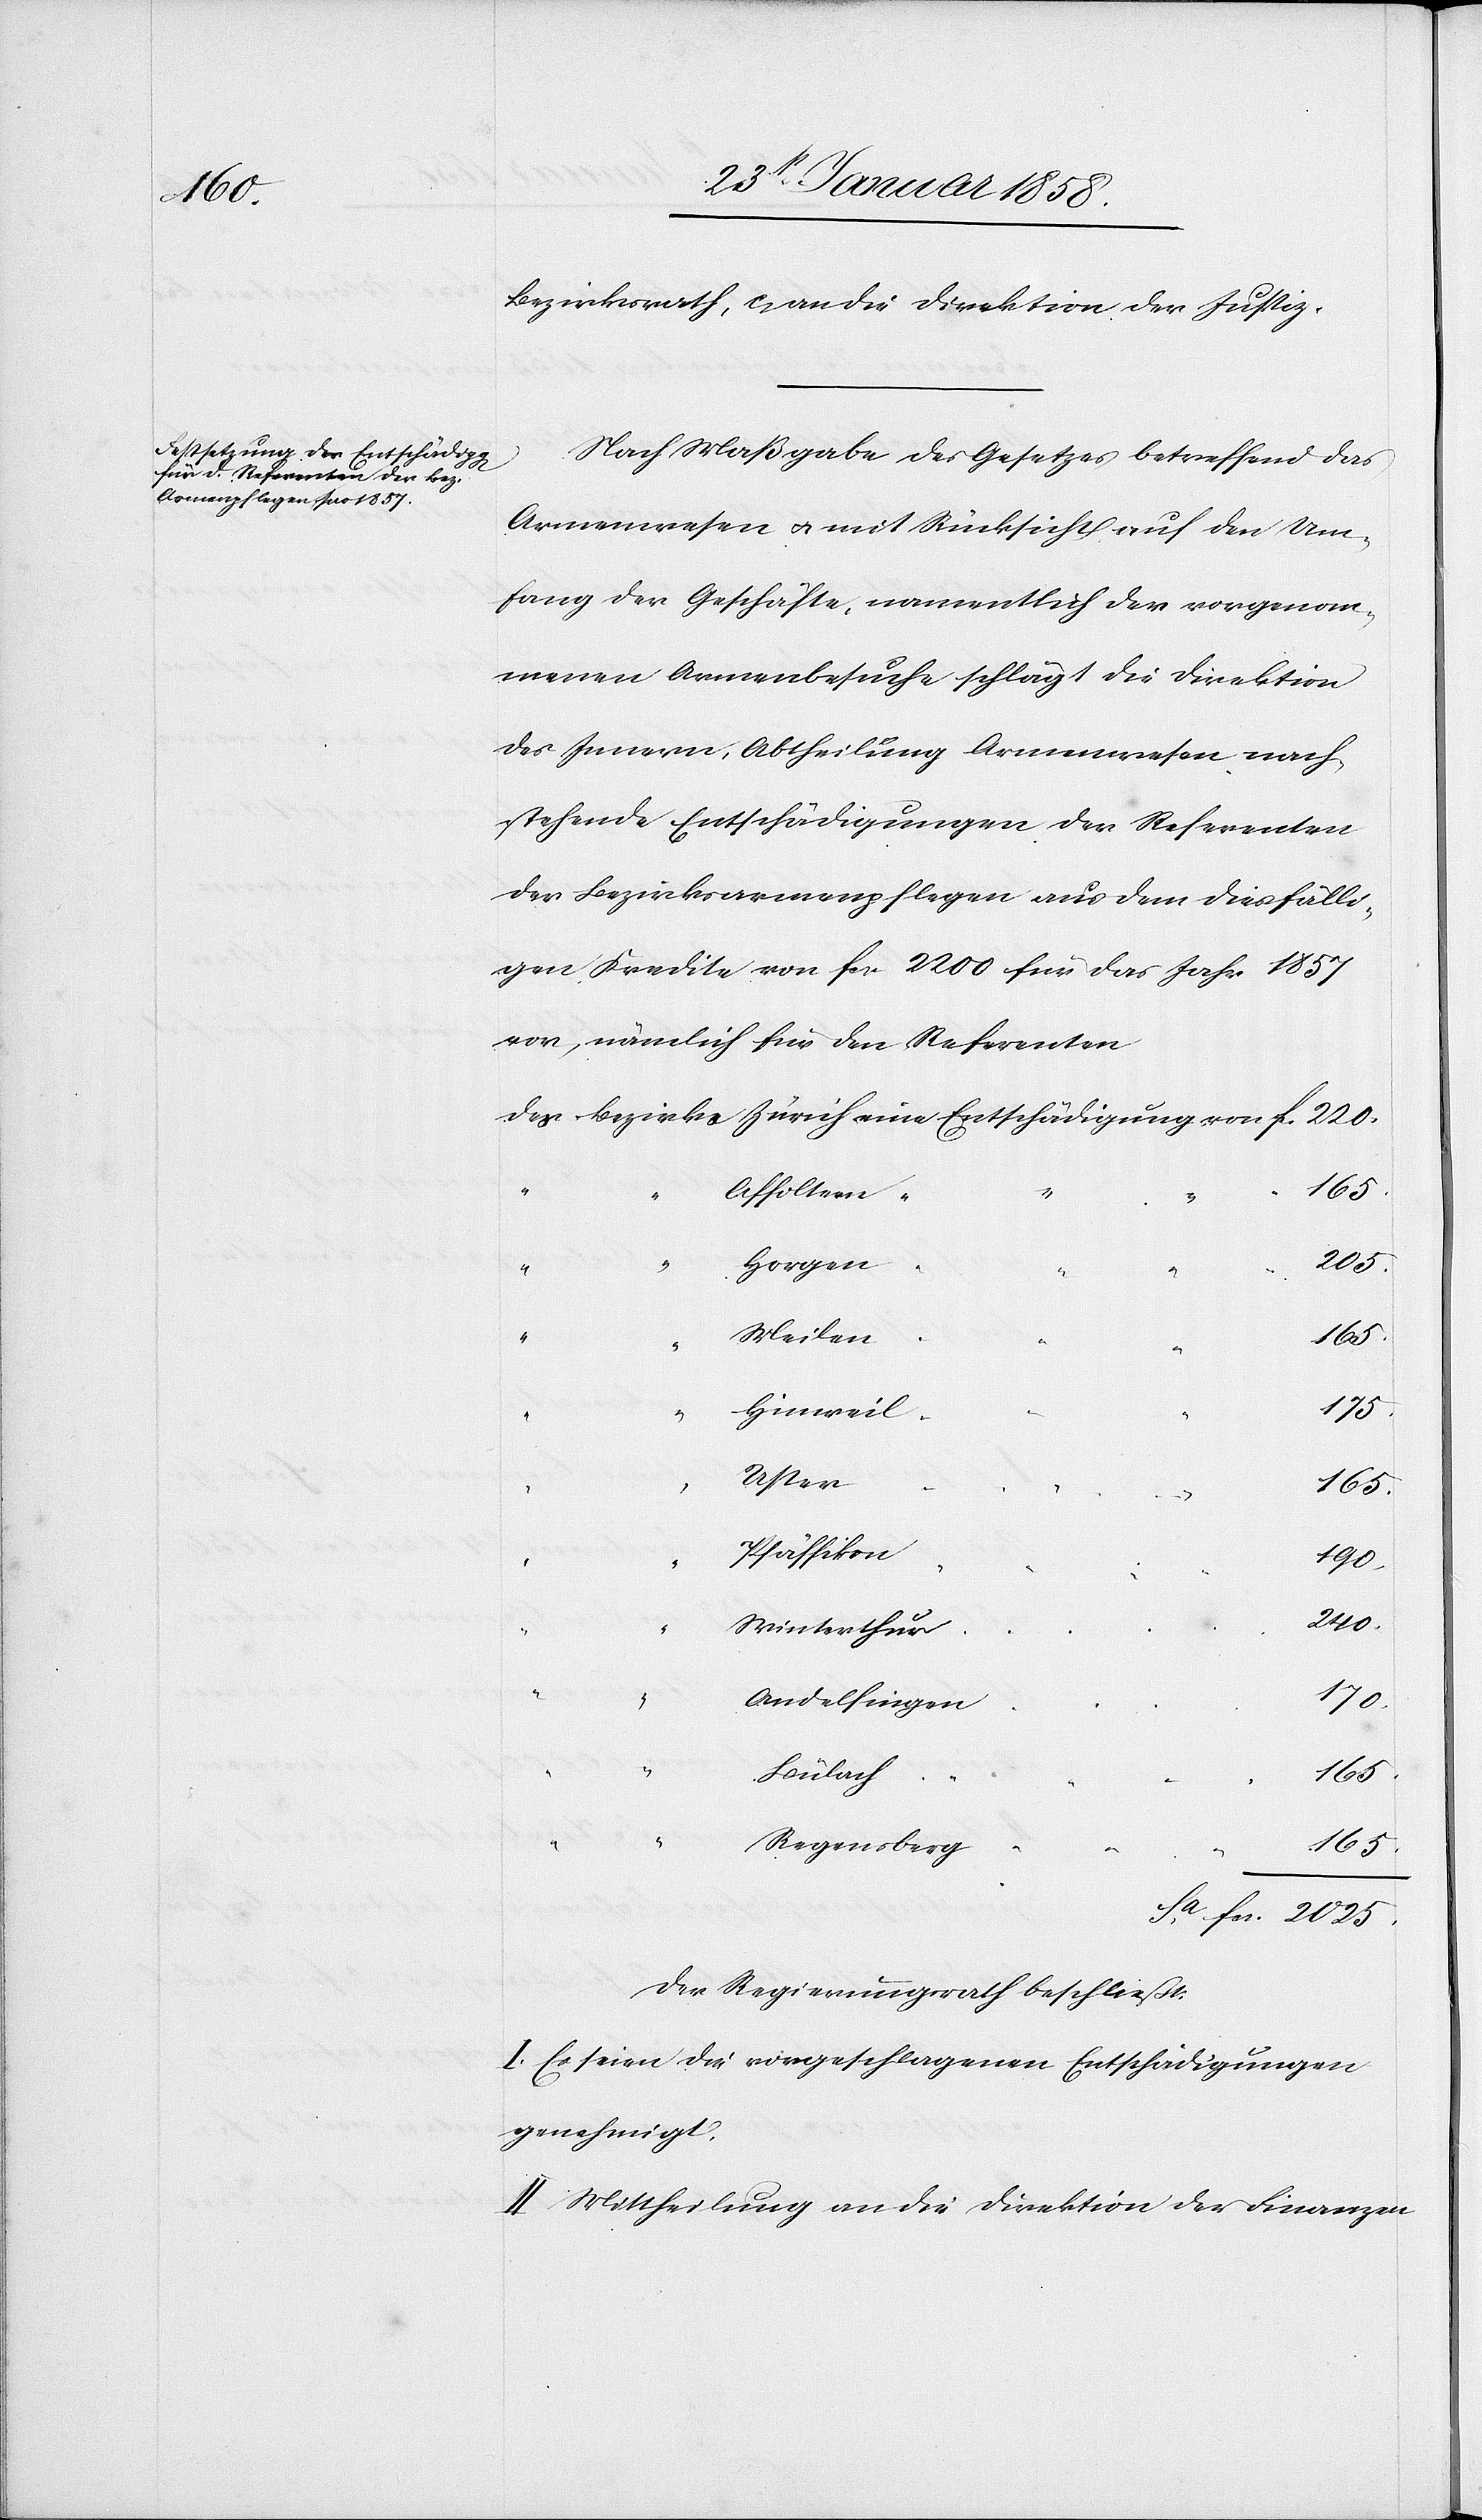
Bezirksrath, c. an die Direktion der Justiz.
Nach Maßgabe des Gesetzes betreffend das
Armenwesen u. mit Rücksicht auf den Um¬
fang der Geschäfte, namentlich der vorgenom¬
menen Armenbesuche schlägt die Direktion
des Innern, Abtheilung Armenwesen nach¬
stehende Entschädigungen der Referenten
der Bezirksarmenpflegen aus dem diesfälli¬
gen Kredite von fcs. 2200 für das Jahr 1857
vor, nämlich für den Referenten
Affoltern
Horgen
Meilen
Hinweil
Uster
165.
Pfäffikon
190.
2025.
Winterthur
170.
“
Andelfingen
“
Bülach
Regensberg
165.
Der Regierungsrath beschließt:
I. Es seien die vorgeschlagenen Entschädigungen
genehmigt.
II. Mittheilung an die Direktion der Finanzen